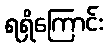
ရရှိကြောင်း